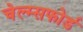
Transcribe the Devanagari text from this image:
चेल्म्सफोर्ड